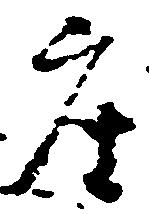
座